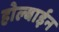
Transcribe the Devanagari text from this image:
होल्बाईन